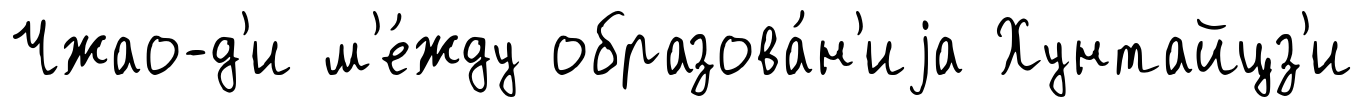
Чжао-д'и м'е́жду образова́н'иjа Хунтайцз'и